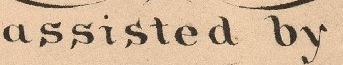
assisted by